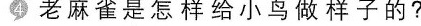
④老麻雀是怎样给小鸟做样子的？